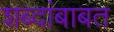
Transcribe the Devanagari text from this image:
शब्दांबाबत